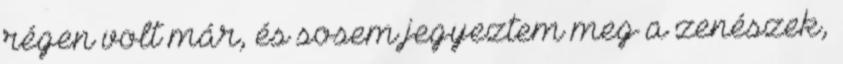
régen volt már, és sosem jegyeztem meg a zenészek,